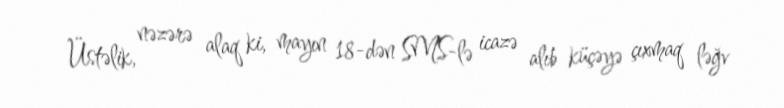
Üstəlik, nəzərə alaq ki, mayın 18-dən SMS-lə icazə alıb küçəyə çıxmaq ləğv